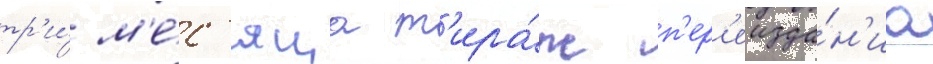
тр'и́ м'е́с'яца т'ира́ж п'ер'еизда́н'иа